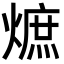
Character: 熫